Calcutta medical institutions reports 1892-1900
Year: 1892
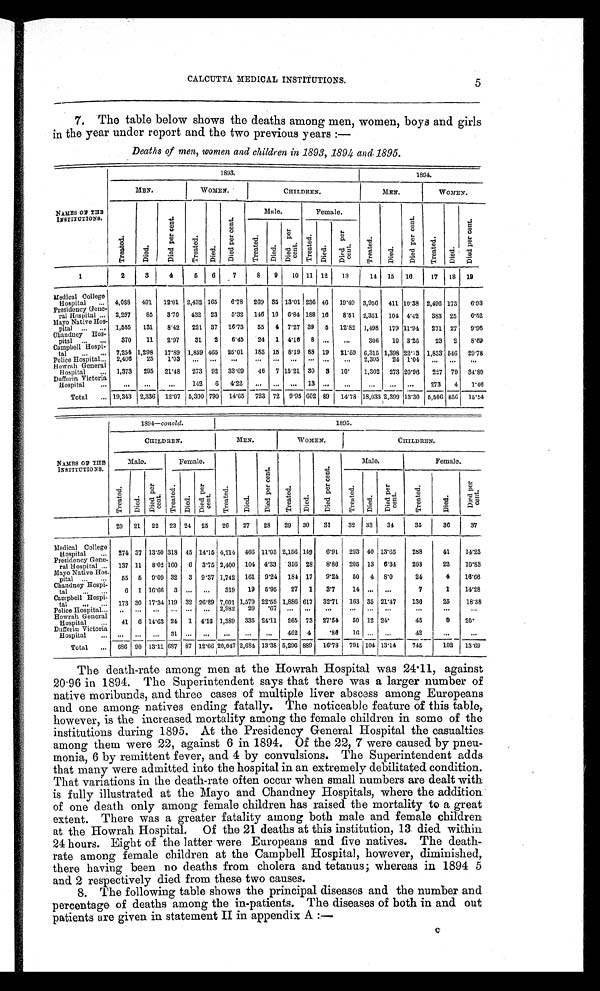
CALCUTTA MEDICAL INSTITUTIONS.
5
7. The table below shows the deaths among men, women, boys and girls
in the year under report and the two previous years :—
Deaths of men, women and children in 1893, 1894 and 1895.
NAMES OF THE
INSTITUTIONS.
1 8 9 3 .
1 8 9 4 .
M E N .
WOMEN.
C H I L D R E N .
MEN.
WOMEN.
T r e a t e d .
D i e d .
D i e d p e r c e n t .
T r e a t e d .
D i e d .
D i e d p e r c e n t .
M a l e .
Female.
T r e a t e d .
D i e d .
D i e d p e r c e n t .
T r e a t e d .
D i e d .
D i e d p e r c e n t .
T r e a t e d .
D i e d .
Di e d p e r c e n t .
Treated.
D i e d .
D i e d p e r c e n t .
1
2
3
4
5 6
7
8
9
10 11 12
13
14 15
16
17
18
19
Medical College
Hospital
. . . 4,088
491
12.01 2,432 165
6.78
269 35 13.01
236
46
19.49 3,956 411 10.38 2,496 173
6.93
Presidency Gene-
ral Hospital ...
2,297
85
3.70
432 23
5.32
146 10 6.84 188 16
8.51 2,351
104 4.42
383 25
6.52
Mayo Native Ho
s-pital ...
. . . 1,555
131
8.42
221 37
16.73
55
4 7.27 39 5
12.82 1,498
179 11.94
271 27
9.96
Chandney Hos
-pital...
. . .
370
11
2.97
31
2
6.45
24
1 4.16
8 ...
. . .
306
10 3.26
23
2
8.89.
Campbell Hospi-
tal
...
. . . 7,254 1,298
17.89 1,859 465 25.01
183 15 8.19 88 19
21.59 6,315 1,398 22.13 1,833 546
29.78
Police Hospital... 2,406
25
1.03
. . .
. . .
. . .
. . .
. . .
. . . ... ...
. . .
2,305
24 1.04
. . .
. . . ...
Howrah General
Hospital
. . . 1,373
295
21.48
273 92 33.69
46
7 15.21 30
3
10.
1,302 273 20.96
227 79 34.80
Dufferin Victoria
Hospital
. . .
. . .
. . .
. . .
142
6
4.22
. . .
. . .
. . . 13 ...
. . .
. . .
. . .
. . .
273
4
1.46
Total
. . . 19,343 2,336 12.07 5,390 790 14.65
723 72 9.95 602 89
14.78 18,033 2,399 13.30 5,506 856
15.54
NAMES OF THE
INSTiTUTIONS.
1894—concld.
1 8 9 5 .
CHI LDREN.
M E N .
WOMEN.
C H I L D R E N .
Ma l e .
Female.
T r e a t e d .
D i e d .
D i e d p e r c e n t .
T r e a t e d .
D i e d .
D i e d p e r c e n t .
M a l e .
Female.
T r e a t e d .
D i e d .
D i e d p e r c e n t . Tr e a t e d.
D i e d .
D i e d p e r c e n t .
T r e a t e d .
D i e d .
D i e d p e r c e n t .
T r e a t e d .
D i e d .
D i e d p e r c e n t .
20
21
22
23 24
25
26
27
28
29
3 0 31
32
33
34
35
36
37
Medical College
Hospital
. . . 274 37 13.50 318 45 14.15 4,214 466 11.05 2,156 149
6.91
293 40 13.65
288
41
14.23
Presidency Gene -
ral Hospital ... 137 11
8.02 160
6 3.75 2,400 104 4.33
316 28
8.80
205 13 6.34
203
22
10.83
Mayo Native Hos-
pital ...
. . .
55
5 9.09 32
3 9.37 1,742 161 9.24 184 17
9.24
50
4 8.0
24
4
16.66
Chandney Hosp i -
tal
...
. . .
6 1 16.66 3
. . .
. . .
319
19 5.95
27
1
3.7
14
. . .
. . .
7
1
14.28
Campbell Hospi -
tal
...
. . . 173 30 17.34 119 32 26.89 7,001 1,579 22.55 1,886 617
32.71
163 35 21.47
136
25
18.38
.
Police Hospital...
. . .
. . . ...
...
. . .
. . .
2,982
20
.67
. . .
. . .
...
. . .
. . .
. . .
. . .
. . .
. . .
Howrah Genera
l Hospital
. . .
41 6 14.63 24
1 4.16 1,389 335 24.11
265 73 27.54
50 12 24.
45
9
2 0 .
Dufferin Victoria
Hospital
. . .
. . .
. . .
. . . 31
. . .
. . .
. . .
. . .
. . .
462 4
.86
16
. . .
. . .
4 2
. . .
. . .
Total
. . . 686 90 13.11 687 87 12.66 20,047 2,684 13.38 5,296 889
16.78 791 104 13.14
745
102
13.69
The death-rate among men at the Howrah Hospital was 24.11, against
20.96 in 1894. The Superintendent says that there was a larger number of
native moribunds, and three cases of multiple liver abscess among Europeans
and one among natives ending fatally. The noticeable feature of this table,
however, is the increased mortality among the female children in some of the
institutions during 1895. At the Presidency General Hospital the casualties
among them were 22, against 6 in 1894. Of the 22, 7 were caused by pneu
- m o n i a , 6 b y r e m i t t e n t f e v e r , a n d 4 b y c o n v u l s i o n s . T h e S u p e r i n t e n d e n t a d d s
that many were admitted into the hospital in an extremely debilitated condition.
That variations in the death-rate often occur when small numbers are dealt with
is fully illustrated at the Mayo and Chandney Hospitals, where the addition
of one death only among female children has raised the mortality to a great
extent. There was a greater fatality among both male and female children
at the Howrah Hospital. Of the 21 deaths at this institution, 13 died within
24 hours. Eight of the latter were Europeans and five natives. The death
- r a t e a m o n g f e m a l e c h i l d r e n a t t h e C a m p b e l l H o s p i t a l , h o w e v e r , d i m i n i s h e d ,
there having been no deaths from cholera and tetanus, whereas in 1894 5
and 2 respectively died from these two causes.
8. The following table shows the principal diseases and the number and
percentage of deaths among the in-patients. The diseases of both in and out
patients are given in statement II in appendix A :—